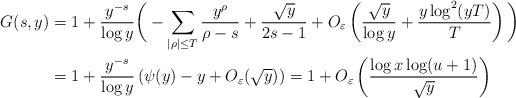
LaTeX: \begin{align*}G(s,y) &= 1 +\frac{y^{-s}}{\log y} \bigg(- \sum_{|\rho| \le T} \frac{y^{\rho}}{\rho-s} + \frac{\sqrt{y}}{2s-1}+ O_{\varepsilon}\left(\frac{\sqrt{y}}{\log y} + \frac{y \log^2( yT)}{T}\right)\bigg)\\&=1 + \frac{y^{-s}}{\log y} \left( \psi(y)-y + O_{\varepsilon}(\sqrt{y})\right)=1 + O_{\varepsilon}\left(\frac{\log x\log (u+1)}{\sqrt{y}}\right)\end{align*}